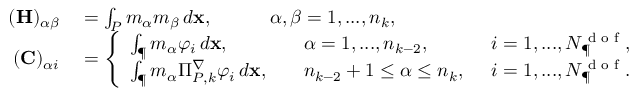
\begin{array} { r l } { ( \mathbf { H } ) _ { \alpha \beta } } & { { } = \int _ { { P } } m _ { \alpha } m _ { \beta } \, d \mathbf { x } , \qquad \quad \alpha , \beta = 1 , . . . , n _ { k } , } \\ { ( \mathbf { C } ) _ { \alpha i } } & { { } = \left\{ \begin{array} { l l l } { \int _ { \P } m _ { \alpha } \varphi _ { i } \, d \mathbf { x } , } & { \quad \alpha = 1 , . . . , n _ { k - 2 } , } & { \enskip i = 1 , . . . , N _ { \P } ^ { \textrm { d o f } } , } \\ { \int _ { \P } m _ { \alpha } \Pi _ { { P } , k } ^ { \nabla } \varphi _ { i } \, d \mathbf { x } , } & { \quad n _ { k - 2 } + 1 \leq \alpha \leq n _ { k } , } & { \enskip i = 1 , . . . , N _ { \P } ^ { \textrm { d o f } } . } \end{array} \right. } \end{array}